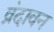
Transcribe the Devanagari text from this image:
व्रंदावन